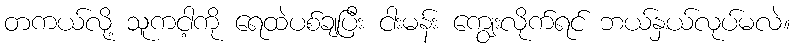
တကယ်လို့ သူကငါ့ကို ရေထဲပစ်ချပြီး ငါးမန်း ကျွေးလိုက်ရင် ဘယ်နှယ်လုပ်မလဲ။